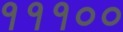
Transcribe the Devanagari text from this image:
१११००